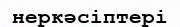
неркәсіптері